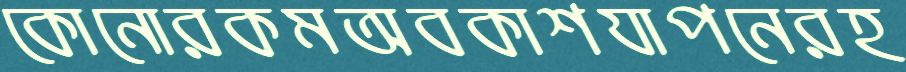
কোনোরকমঅবকাশযাপনেরহ